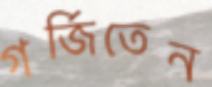
গর্জিতেন